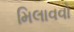
મિલાવવો